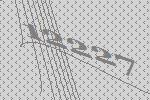
12227